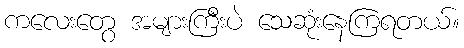
ကလေးတွေ အများကြီးပဲ သေဆုံးနေကြရတယ်။